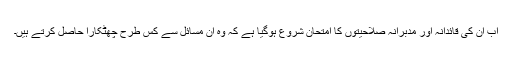
اب ان کی قائدانہ اور مدبرانہ صلاحیتوں کا امتحان شروع ہوگیا ہے کہ وہ ان مسائل سے کس طرح چھٹکارا حاصل کرتے ہیں۔